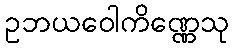
ဥဘယဝေါကိဏ္ဏေသု